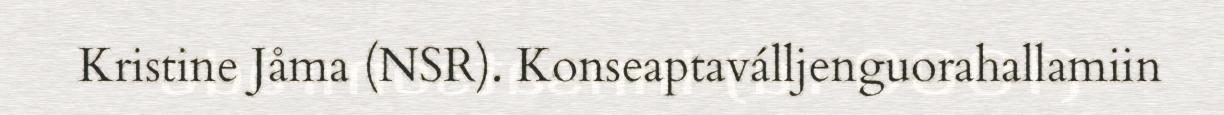
Kristine Jåma (NSR). Konseaptaválljenguorahallamiin